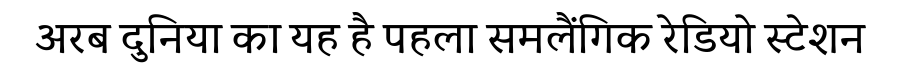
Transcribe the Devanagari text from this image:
अरब दुनिया का यह है पहला समलैंगिक रेडियो स्टेशन